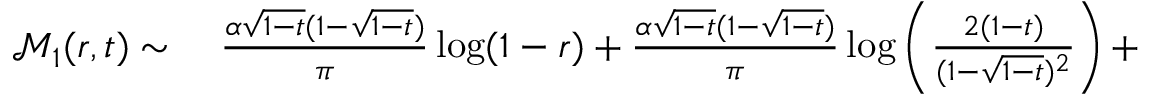
\begin{array} { r l } { \mathcal { M } _ { 1 } ( r , t ) \sim } & { { } \; \frac { \alpha \sqrt { 1 - t } ( 1 - \sqrt { 1 - t } ) } { \pi } \log ( 1 - r ) + \frac { \alpha \sqrt { 1 - t } ( 1 - \sqrt { 1 - t } ) } { \pi } \log \left( \frac { 2 ( 1 - t ) } { ( 1 - \sqrt { 1 - t } ) ^ { 2 } } \right) + } \end{array}